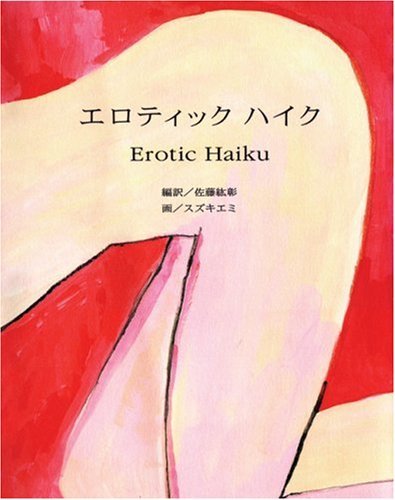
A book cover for Erotic Haiku; Romance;